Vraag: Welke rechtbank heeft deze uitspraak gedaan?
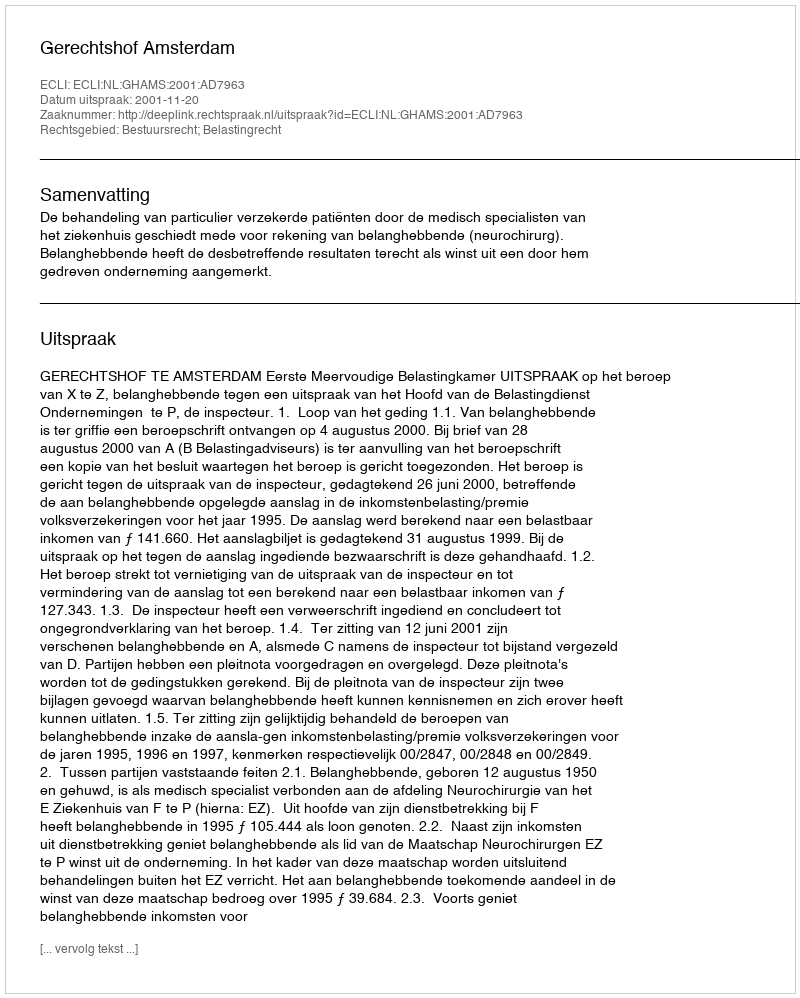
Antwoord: Gerechtshof Amsterdam